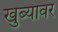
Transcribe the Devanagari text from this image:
खुब्यावर